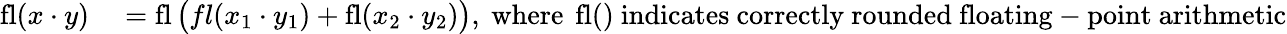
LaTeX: \begin{array}{rl}{\operatorname{fl}(x\cdot y)}&{{}=\operatorname{fl}{\big(}fl(x_{1}\cdot y_{1})+\operatorname{fl}(x_{2}\cdot y_{2}){\big)},{\mathrm{~where~}}\operatorname{fl}(){\mathrm{~indicates~correctly~rounded~floating-point~arithmetic}}}\end{array}